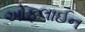
ઓફલાઈન